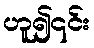
ဟူ၍၎င်း